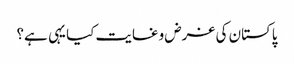
پاکستان کی غرض وغایت کیا یہی ہے؟